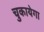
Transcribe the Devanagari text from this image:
चुकायेगा